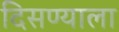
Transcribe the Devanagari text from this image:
दिसण्याला